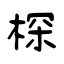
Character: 棎